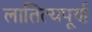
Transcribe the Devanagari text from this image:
लातित्यपूर्ण